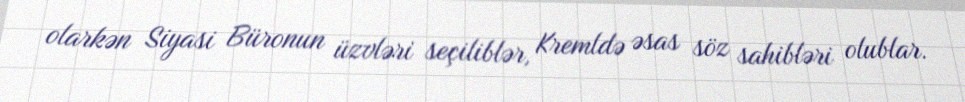
olarkən Siyasi Büronun üzvləri seçiliblər, Kremldə əsas söz sahibləri olublar.